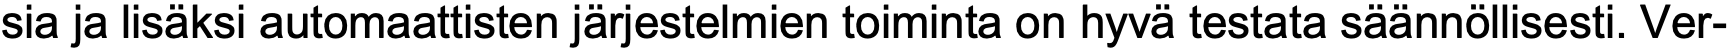
sia ja lisäksi automaattisten järjestelmien toiminta on hyvä testata säännöllisesti. Ver-